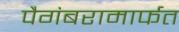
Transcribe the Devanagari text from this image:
पैगंबरामार्फत